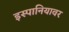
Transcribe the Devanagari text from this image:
इस्पानियावर